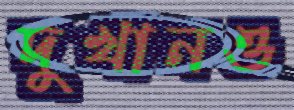
দুখানও